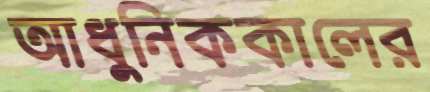
আধুনিককালের